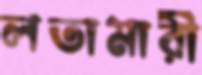
লতামারী